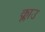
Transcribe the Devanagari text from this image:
क्लाउ